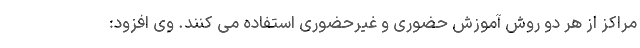
مراکز از هر دو روش آموزش حضوری و غیرحضوری استفاده می کنند. وی افزود: